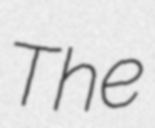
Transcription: The